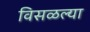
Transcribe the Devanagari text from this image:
विसळल्या